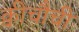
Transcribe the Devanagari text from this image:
क्वीचौची